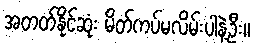
အတတ်နိုင်ဆုံး မိတ်ကပ်မလိမ်းပါနဲ့ဦး။